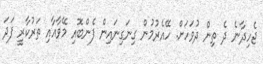
ޖެހިދާނެ ދެ ތިން ދުވަހަށް. ހޭއެރުމުން ގިނަގިނައިން ފެންބޮއި މޭވާއާއި ތަރުކާރީ ފަދަ